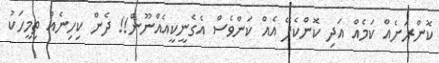
ކޮންރަށެއް ކަމެއް އަދި ކޮންކެފޭ އެއް ކަންވެސް އެގެނީކީއެއްނޫން!! ދެން ކިހިނެއް ތިމީހަކު